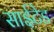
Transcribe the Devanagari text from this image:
साईटेड